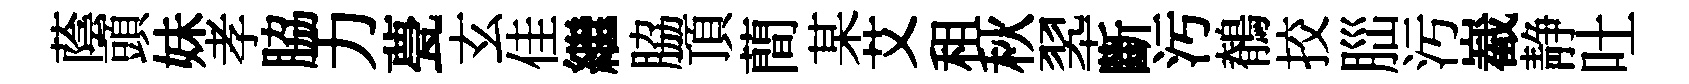
蔭頭妹孝脇力甍玄佳繼脇頂蕳某艾租秋翆斷汚鶺挍𦛁污嶻静吐